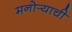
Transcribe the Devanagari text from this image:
मनोर्‍याची